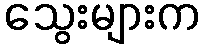
သွေးများက